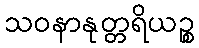
သဝနာနုတ္တရိယဉ္စ